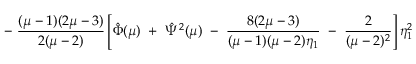
- ~ \frac { ( \mu - 1 ) ( 2 \mu - 3 ) } { 2 ( \mu - 2 ) } \left[ \hat { \Phi } ( \mu ) ~ + ~ \hat { \Psi } ^ { 2 } ( \mu ) ~ - ~ \frac { 8 ( 2 \mu - 3 ) } { ( \mu - 1 ) ( \mu - 2 ) \eta _ { 1 } } ~ - ~ \frac { 2 } { ( \mu - 2 ) ^ { 2 } } \right] \eta _ { 1 } ^ { 2 }